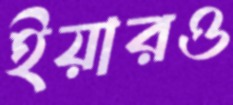
ইয়ারও